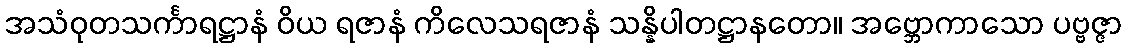
အသံဝုတသင်္ကာရဋ္ဌာနံ ဝိယ ရဇာနံ ကိလေသရဇာနံ သန္နိပါတဋ္ဌာနတော။ အဗ္ဘောကာသော ပဗ္ဗဇ္ဇာ